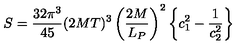
S = { \frac { 3 2 \pi ^ { 3 } } { 4 5 } } ( 2 M T ) ^ { 3 } \left( { \frac { 2 M } { L _ { P } } } \right) ^ { 2 } \left\{ c _ { 1 } ^ { 2 } - { \frac { 1 } { c _ { 2 } ^ { 2 } } } \right\}